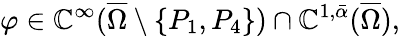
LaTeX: \varphi\in\mathbb{C}^{\infty}(\overline{{{\Omega}}}\setminus\{ P_{1},P_{4}\} )\cap\mathbb{C}^{1,\bar{{\alpha}}}(\overline{{{\Omega}}}),